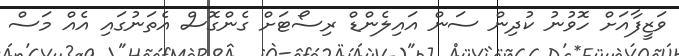
ވަޒީފާއަށް ހޮވުނު ކުދިން ސަން އައިލެންޑް ރިސޯޓަށް ގެންގޮސް އެތަނުގައި އެއް މަސް